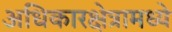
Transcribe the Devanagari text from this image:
अधिकारक्षेत्रामध्ये